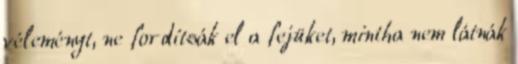
véleményt, ne fordítsák el a fejüket, mintha nem látnák